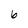
Character: 6